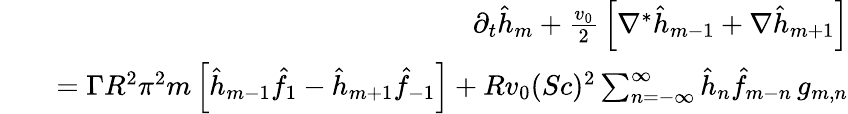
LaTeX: \begin{array}{rlr}&{}&{\partial_{t}\hat{h}_{m}+{\frac{v_{0}}{2}}\left[\nabla^{*}\hat{h}_{m-1}+\nabla\hat{h}_{m+1}\right]}\\ &{}&{=\Gamma R^{2}\pi^{2}m\left[\hat{h}_{m-1}\hat{f}_{1}-\hat{h}_{m+1}\hat{f}_{-1}\right]+Rv_{0}(Sc)^{2}\sum_{n=-\infty}^{\infty}\hat{h}_{n}\hat{f}_{m-n}\, g_{m,n}}\end{array}